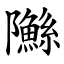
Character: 䧰